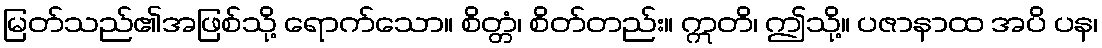
မြတ်သည်၏အဖြစ်သို့ ရောက်သော။ စိတ္တံ၊ စိတ်တည်း။ ဣတိ၊ ဤသို့။ ပဇာနာထ အပိ ပန၊